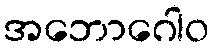
အဘောဂေါဝ